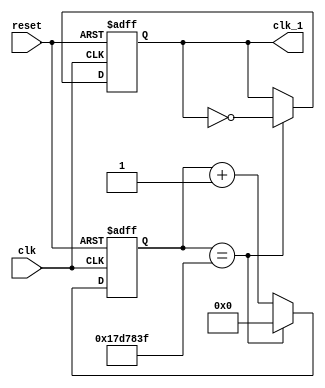
//sua tan so cua clk ve 1Hz
module slowclock(clk, reset, clk_1);
     input clk;
	  input reset;
	  output clk_1;
	  reg clk_1s;
	  reg [31:0] counter;
	  
	  always @(posedge clk, posedge reset) begin
	       if(reset) begin
			      counter <= 0;
					clk_1s <= 1'b0;
			 end
			 else begin
			   if(counter == 24999999) begin
			      clk_1s <= ~clk_1s;
					counter <= 0;
			   end
	         else
			      counter <= counter + 1;
			 end
		end
		assign clk_1 = clk_1s;
		//assign clk_1 = clk; //dung de mo phong modelsim
endmodule